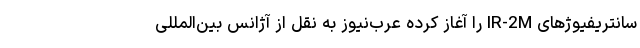
سانتریفیوژهای IR-2M را آغاز کرده عرب‌نیوز به نقل از آژانس بین‌المللی